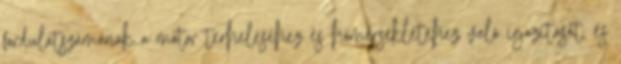
fordulatszámának a motor terheléséhez és hőmérsékletéhez való igazítását, és